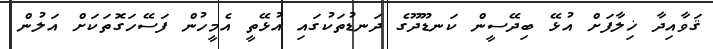
ޤަވާއިދާ ޚިލާފަށް އުޅޭ ބިދޭސީން ކަނޑޫދޫގެ ދަނޑުތަކުގައި އުޅޭތީ އެމީހުން ފަސޭހަގޮތަކަށް އަލުން